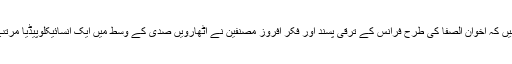
وہ کہتے ہیں کہ اخوان الصفا کی طرح فرانس کے ترقی پسند اور فکر افروز مصنفین نے اٹھارویں صدی کے وسط میں ایک انسائیکلوپیڈیا مرتب کی تھی۔